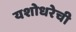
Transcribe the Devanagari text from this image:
यशोधरेची